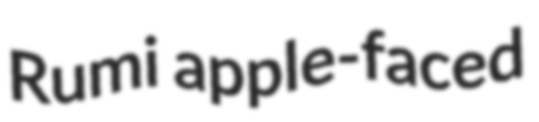
Rumi apple-faced